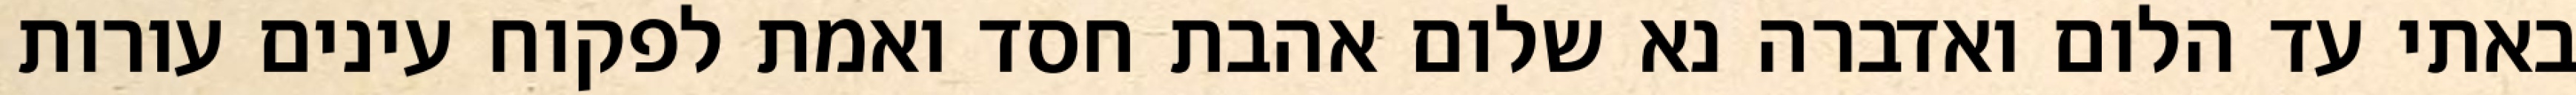
באתי עד הלום ואדברה נא שלום אהבת חסד ואמת לפקוח עינים עורות